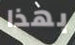
بهذا